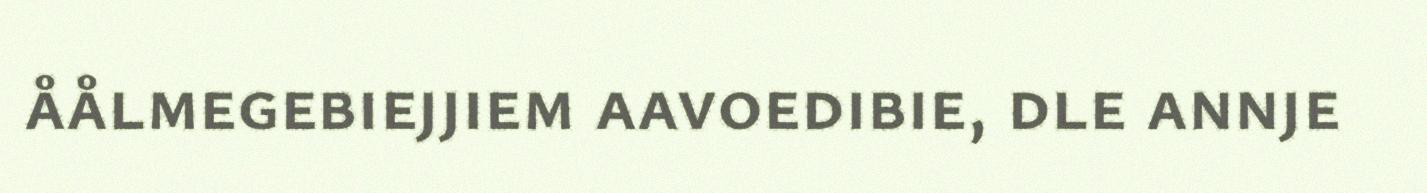
åålmegebiejjiem aavoedibie, dle annje